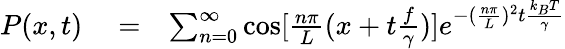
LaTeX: \begin{array}{rlr}{P(x,t)}&{{}=}&{\sum_{n=0}^{\infty}\cos[{\frac{n\pi}{L}}(x+t{\frac{f}{\gamma}})]e^{-({\frac{n\pi}{L}})^{2}t{\frac{k_{B}T}{\gamma}}}}\end{array}